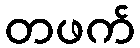
တဖက်